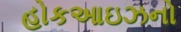
હોકઆઇઝનો